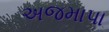
અજમાપા